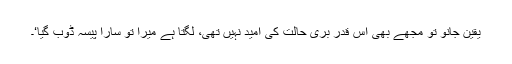
یقین جانو تو مجھے بھی اس قدر بری حالت کی امید نہیں تھی، لگتا ہے میرا تو سارا پیسہ ڈوب گیا‘۔